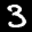
Label: 3